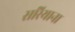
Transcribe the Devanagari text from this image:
सरियाना